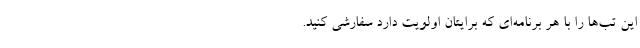
این ‌تب‌ها را با هر برنامه‌ای که برایتان اولویت دارد سفارشی کنید.